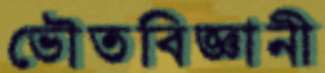
ভৌতবিজ্ঞানী